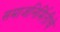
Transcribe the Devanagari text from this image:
समाजनिर्मितीचे